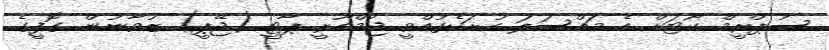
ސުޕްރީމް ކޯޓަށް އެ މައްސަލަ ހުށަހެޅުއްވީ ޖުމްހޫރީ ޕާޓީ (ޖޭޕީ) ޒުވާނުން ގޮފީގެ